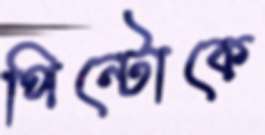
পিন্টোকে